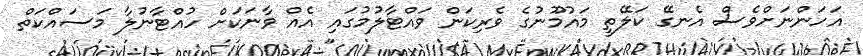
އަހަންނަށްވެސް އެނގޭ ކަލޭތީ މައުމޫނުގެ ވެރިކަން ވައްޓާލުމުގައި އެއް ވާނަކަށް ހުއްޓާނުލާ މަސައްކަތް